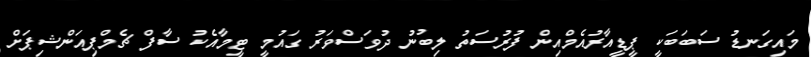
މައިގަނޑު ސަބަބަކީ ޕީޑީއާރުއެމްއިން ފުރުސަތު ލިބުނު ދުވަސްވަރު ގައުމީ ޓީމާއެކު ސާފް ޗެމްޕިއަންޝިޕަށް